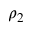
\rho _ { 2 }